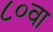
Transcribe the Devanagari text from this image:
८०वा